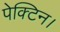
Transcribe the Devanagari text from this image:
पेक्टिन।